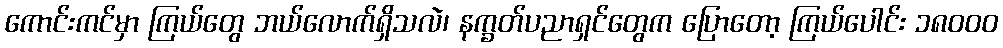
ကောင်းကင်မှာ ကြယ်တွေ ဘယ်လောက်ရှိသလဲ၊ နက္ခတ်ပညာရှင်တွေက ပြောတော့ ကြယ်ပေါင်း ၁၈၀၀၀